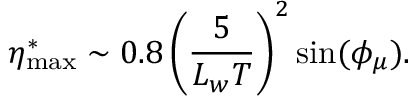
\eta _ { \mathrm { m a x } } ^ { * } \sim 0 . 8 \left( \frac { 5 } { L _ { w } T } \right) ^ { 2 } \sin ( \phi _ { \mu } ) .